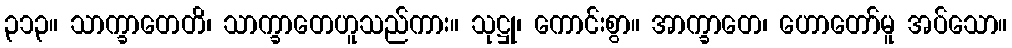
၃၁၃။ သာက္ခာတေတိ၊ သာက္ခာတေဟူသည်ကား။ သုဋ္ဌု၊ ကောင်းစွာ။ အာက္ခာတေ၊ ဟောတော်မူ အပ်သော။